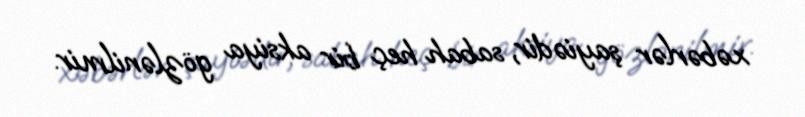
xəbərlər şayiədir, sabah heç bir aksiya gözlənilmir.